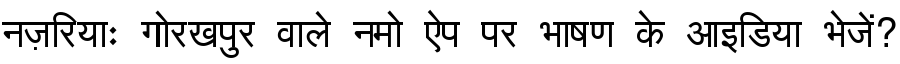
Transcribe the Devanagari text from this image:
नज़रियाः गोरखपुर वाले नमो ऐप पर भाषण के आइडिया भेजें?